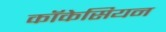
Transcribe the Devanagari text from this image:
कॉकेसियन